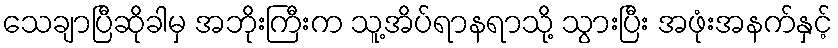
သေချာပြီဆိုခါမှ အဘိုးကြီးက သူ့အိပ်ရာနရာသို့ သွားပြီး အဖုံးအနက်နှင့်